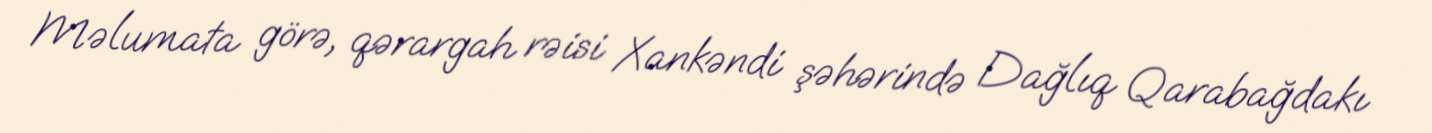
Məlumata görə, qərargah rəisi Xankəndi şəhərində Dağlıq Qarabağdakı